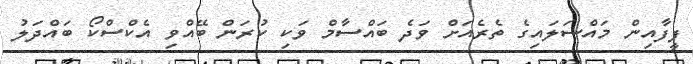
ފީފާއިން މައްސަލައިގެ ތެރެއަށް ވަދެ ބައްސާމް ވަކި ކުރަން ބޭއްވި އެކްސްކޯ ބައްދަލު